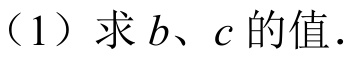
（1）求\(b、c\)的值.